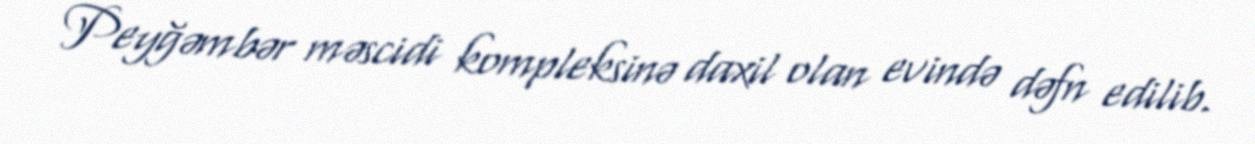
Peyğəmbər məscidi kompleksinə daxil olan evində dəfn edilib.